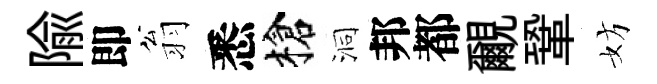
隃即翁悉槍洞邦都覼鞏妨